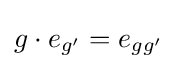
g\cdot e_{g'}=e_{gg'}